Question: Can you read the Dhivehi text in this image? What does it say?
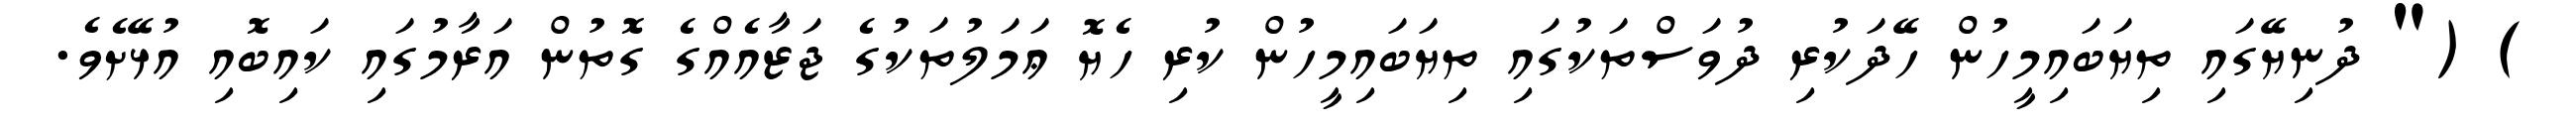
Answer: ) (" ދުނިޔޭގައި ތިޔަބައިމީހުން ހޭދަކުރި ދުވަސްތަކުގައި ތިޔަބައިމީހުން ކުރި ހެޔޮ ޢަމަލުތަކުގެ ޖަޒާއެއްގެ ގޮތުން އަރާމުގައި ކައިބޮއި އުޅޭށެވެ.